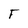
Character: F